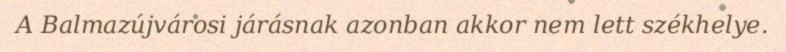
A Balmazújvárosi járásnak azonban akkor nem lett székhelye.